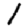
Digit: 1